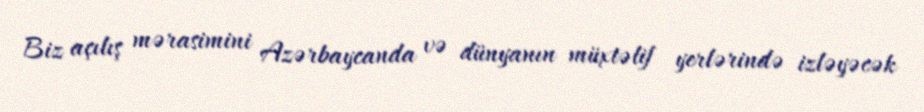
Biz açılış mərasimini Azərbaycanda və dünyanın müxtəlif yerlərində izləyəcək